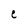
Character: e